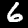
Label: 6